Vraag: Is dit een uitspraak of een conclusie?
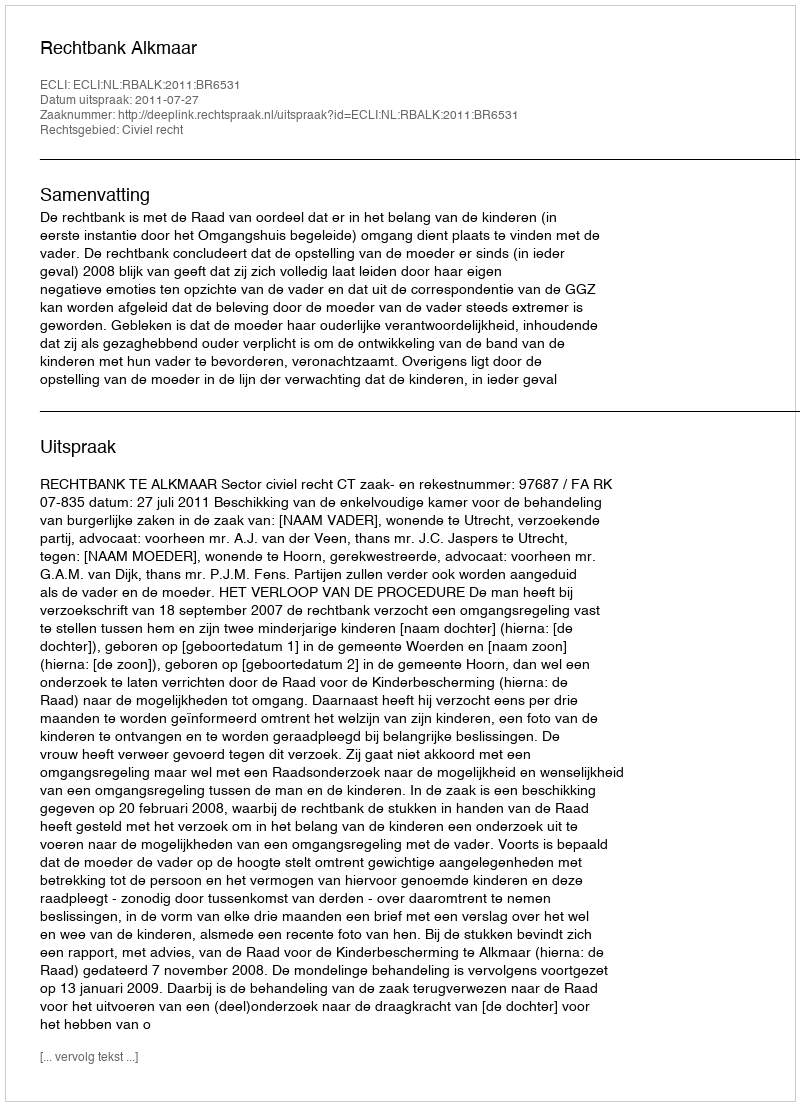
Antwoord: Uitspraak